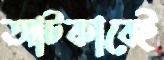
আটকাবেই